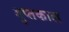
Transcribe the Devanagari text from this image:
गुप्‍तकाल